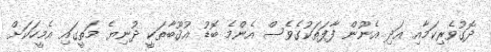
ދޮގުވެރިކަމާއި އަދި އެނޫން ފާފަތަކުގެވެސް އެންމެ ބޮޑު ޢުޤޫބާތަކީ ދުނިޔެ މަތީގައި އެމީހަކަށް